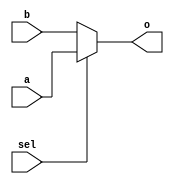
// file mux2.v

module mux2(sel,a,b,o);

	input sel,a,b;
	output o;
	
	assign o = sel ? a : b;
	
endmodule